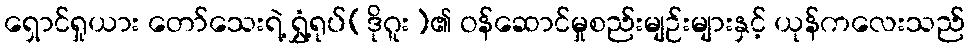
ရှောင်ရှုယား တော်သေးရဲ့ ရွှံ့ရုပ်(ဒိုဂူး)၏ ဝန်ဆောင်မှုစည်းမျဉ်းများနှင့် ယုန်ကလေးသည်